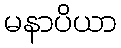
မနာပိယာ